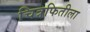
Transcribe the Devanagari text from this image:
चित्रफितीला